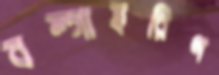
বল্গাহরিণ